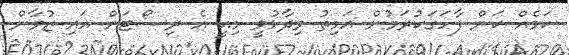
ކަމެއް ކަން ފާހަގަކުރަމުން އަމިތު ވިދާޅުވީ މިއީ އެ ރިސޯޓަށް އައި ޒުވާން